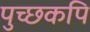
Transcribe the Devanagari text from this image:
पुच्छकपि